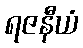
ရဇနီယံ